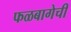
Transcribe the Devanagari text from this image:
फळबागेची